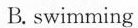
B.swimming